Tartu_Linna_ja_Maakonna_Kaitseliit, lk 26
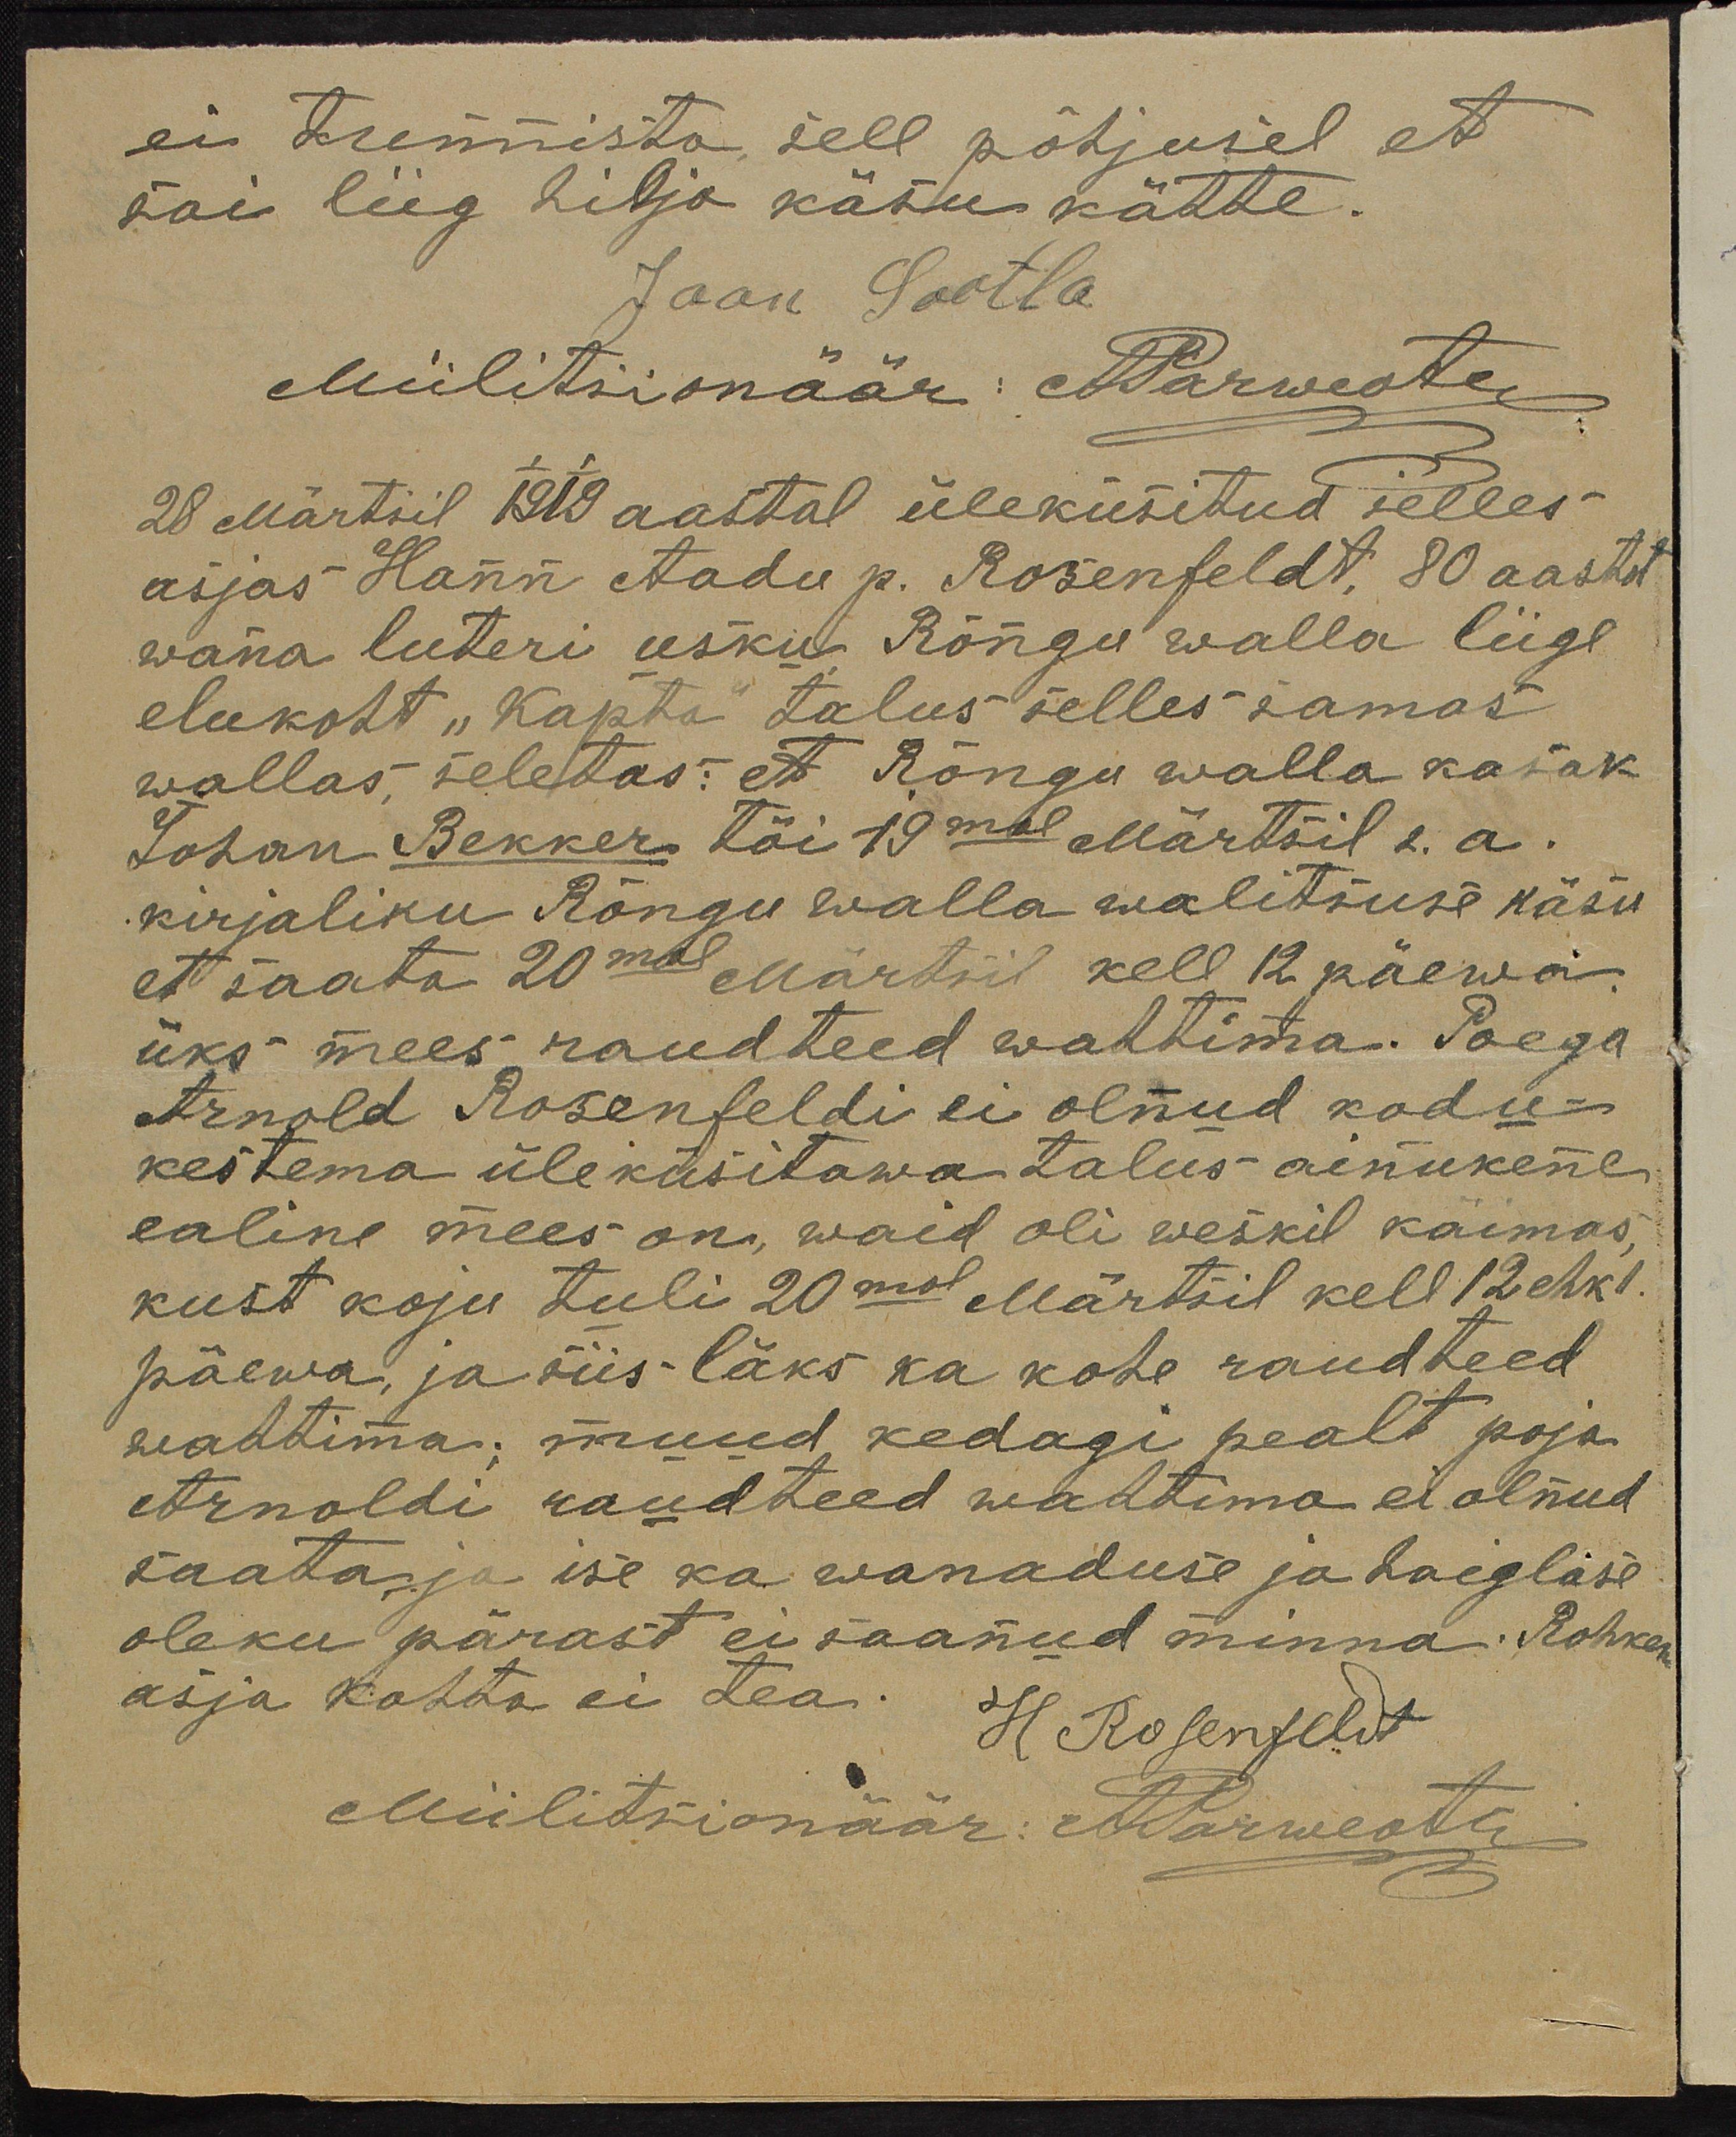
ei tunnista, sell põhjusel et
sai liig hilja käsu kätte.
Jaan Sootla
Miilitsionäär: A. Parwestu
28 Märtsil 1919 aastal üleküsitud selles-
asjas Hann Aadu p. Rosenfeldt, 80 aastat
wana luteri usku Rõngu walla liige
elukoht "Kapta" talus selles samas
wallas, seletas: et Rõngu walla kasak
Johan Bekker tõi 19mal Märtsil s.a.
kirjaliku Rõngu walla walitsuse käsu
et saata 20mal Märtsil kell 12 päewa
üks mees raudteed wahtima. Poega
Arnold Rosenfeldi ei olnud kodu-
kes tema üle küsitawa talus ainukene
ealine mees on, waid oli weskil käimas,
kust koju tuli 20mal Märtsil kell 12 ehk 1
päewa, ja siis läks ka kohe raudteed
vahtima; muud kedagi pealt poja
Arnoldi raudteed wahtima ei olnud
saata ja ise ka wanaduse ja haiglase
oleku pärast ei saanud minna. Rohke
asja kohta ei tea. H Rosenfeldt
Miilitsionäär: A. Parweotri